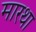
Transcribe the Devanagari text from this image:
मारथा